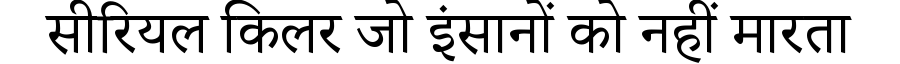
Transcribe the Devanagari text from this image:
सीरियल किलर जो इंसानों को नहीं मारता